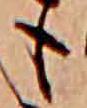
も